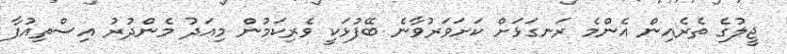
ޖީލުގެ ތެރެއިން އެންމެ ރަނގަޅަށް ކަށަވަރުވާނެ ބޭފުޅަކީ ވެރިކަމުން މިއަދު މެންދުރު އިސްތިއުފާ